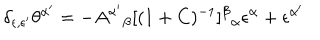
LaTeX: \delta _ { \epsilon , \epsilon ^ { \prime } } \theta ^ { \alpha ^ { \prime } } = - A ^ { \alpha ^ { \prime } } { } _ { \beta } [ ( 1 + C ) ^ { - 1 } ] ^ { \beta } { } _ { \alpha } \epsilon ^ { \alpha } + \epsilon ^ { \alpha ^ { \prime } }